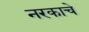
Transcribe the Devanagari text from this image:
नरकाचे